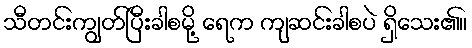
သီတင်းကျွတ်ပြီးခါစမို့ ရေက ကျဆင်းခါစပဲ ရှိသေး၏။